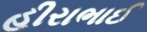
હીરાભાઈ